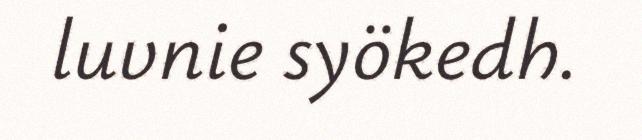
luvnie syökedh.